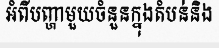
អំពីបញ្ហាមួយចំនួនក្នុងតំបន់និង